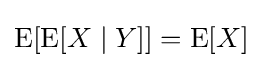
\operatorname {E} [\operatorname {E} [X\mid Y]]=\operatorname {E} [X]